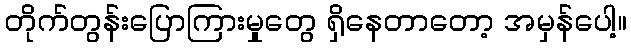
တိုက်တွန်းပြောကြားမှုတွေ ရှိနေတာတော့ အမှန်ပေါ့။